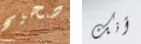
صحيح أنك